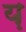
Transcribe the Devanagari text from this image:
य़